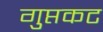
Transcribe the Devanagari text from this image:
गुप्तकट